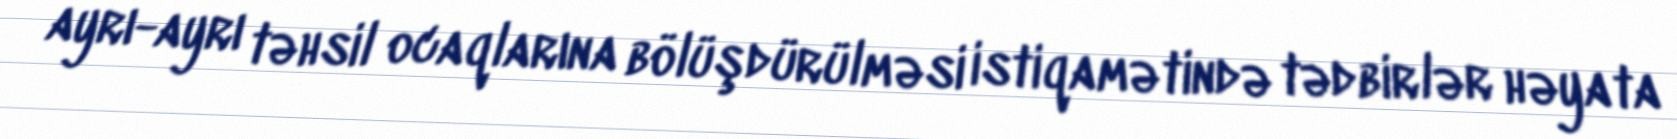
ayrı-ayrı təhsil ocaqlarına bölüşdürülməsi istiqamətində tədbirlər həyata